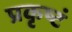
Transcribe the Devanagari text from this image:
प्रकृष्टं